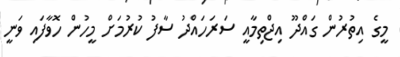
މީގެ އިތުރުން ގައްދޫ އިޖްތިމާއީ ސަރަހައްދު ސާފު ކުރުމަށް މީހުން ހޮވާފައި ވަނީ